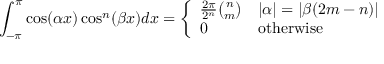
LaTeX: \int _ { - \pi } ^ { \pi } \cos ( \alpha x ) \cos ^ { n } ( \beta x ) d x = { \left\{ \begin{array} { l l } { { \frac { 2 \pi } { 2 ^ { n } } } { \binom { n } { m } } } & { | \alpha | = | \beta ( 2 m - n ) | } \\ { 0 } & { { \mathrm { o t h e r w i s e } } } \end{array} \right. }